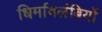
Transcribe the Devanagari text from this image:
धिर्मावलंबियों